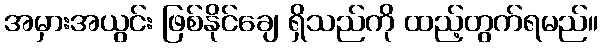
အမှားအယွင်း ဖြစ်နိုင်ချေ ရှိသည်ကို ထည့်တွက်ရမည်။